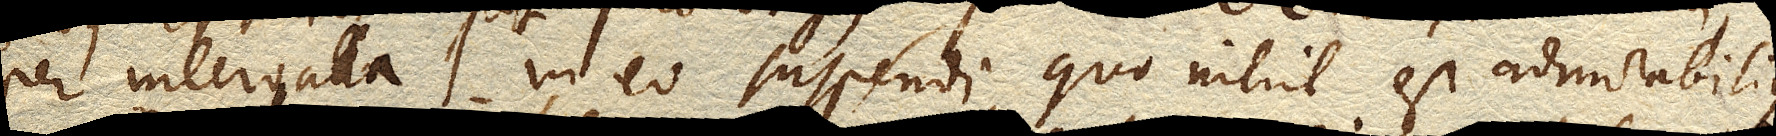
per intervalla in eo suspendi, quo nihil est admirabilius.